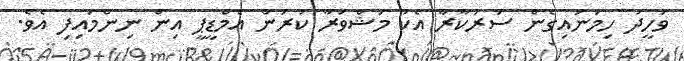
ވަހީދު ހިމަނައިގެން ސަރުކާރާ އެކު މަޝްވަރާ ކުރަން އެމްޑީޕީ އިން ނިންމައިފި އެވެ.